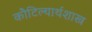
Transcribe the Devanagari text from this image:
कौटिल्यार्थशास्त्र